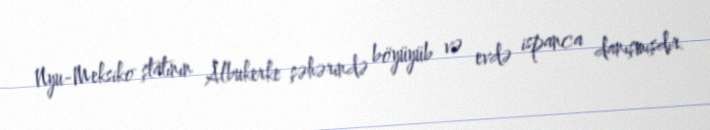
Nyu-Meksiko ştatının Albukerke şəhərində böyüyüb və evdə ispanca danışmışdır.